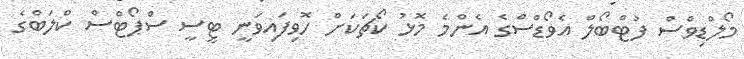
މޯލްޑިވްސް ފުޓްބޯލް އެވޯޑްސްގެ އެންމެ މޮޅު ކޯޗަކަށް ހޮވިފައިވަނީ ޓީސީ ސްޕޯޓްސް ކްލަބްގެ